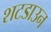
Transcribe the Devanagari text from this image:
शटडाउन